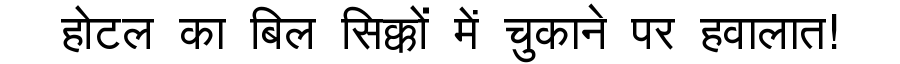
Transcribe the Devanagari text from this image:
होटल का बिल सिक्कों में चुकाने पर हवालात!